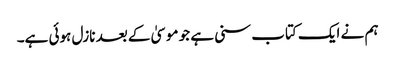
ہم نے ایک کتاب سنی ہے جو موسیٰ کے بعد نازل ہوئی ہے۔